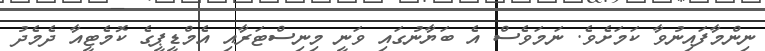
ނިންމާފައިނުވާ ކަމަށެވެ. ނަމަވެސް އެ ބަޔާނުގައި ވަނީ މިނިސްޓަރާއި އެމްޑީޕީގެ ކޮމެޓީއާ ދެމެދު